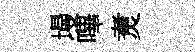
墁嗶煑